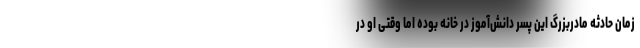
زمان حادثه مادربزرگ این پسر دانش‌آموز در خانه بوده اما وقتی او در